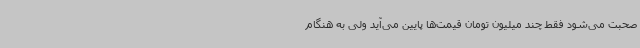
صحبت می‌شود فقط چند میلیون تومان قیمت‌ها پایین می‌آید ولی به هنگام